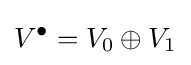
V^{\bullet }=V_{0}\oplus V_{1}